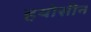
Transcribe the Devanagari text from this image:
हयोसीन